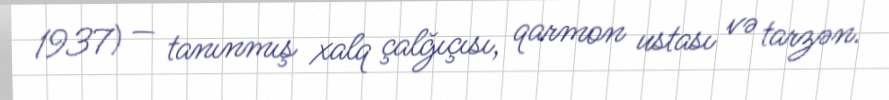
1937) — tanınmış xalq çalğıçısı, qarmon ustası və tarzən.